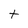
Character: t